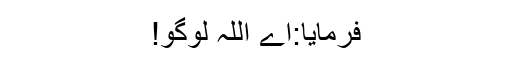
فرمایا:اے اللہ لوگو!